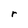
Character: r